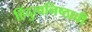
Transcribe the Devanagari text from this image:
हिंदुत्वनिष्ठाची